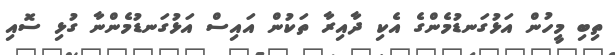
ތިބި މީހުން އަޅުގަނޑުމެންގެ އެކި ދާއިރާ ތަކުން އައިސް އަޅުގަނޑުމެންނާ ގުޅި ސޮއި